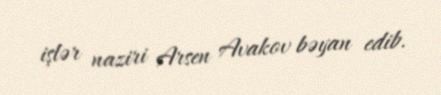
işlər naziri Arsen Avakov bəyan edib.